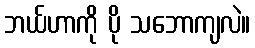
ဘယ်ဟာကို ပို သဘောကျလဲ။